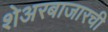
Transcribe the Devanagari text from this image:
शेअरबाजारची